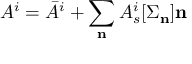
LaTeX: A ^ { i } = \bar { A } ^ { i } + \sum _ { \bf n } A _ { s } ^ { i } [ { \Sigma _ { \bf n } } ] { \bf n }